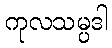
ကုလသမ္ပဒါ